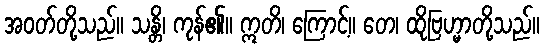
အဝတ်တို့သည်။ သန္တိ၊ ကုန်၏။ ဣတိ၊ ကြောင့်။ တေ၊ ထိုဗြဟ္မာတို့သည်။